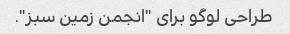
طراحی لوگو برای "انجمن زمین سبز".